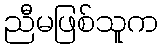
ညီမဖြစ်သူက